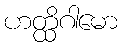
ဟတ္ထိဂါမော